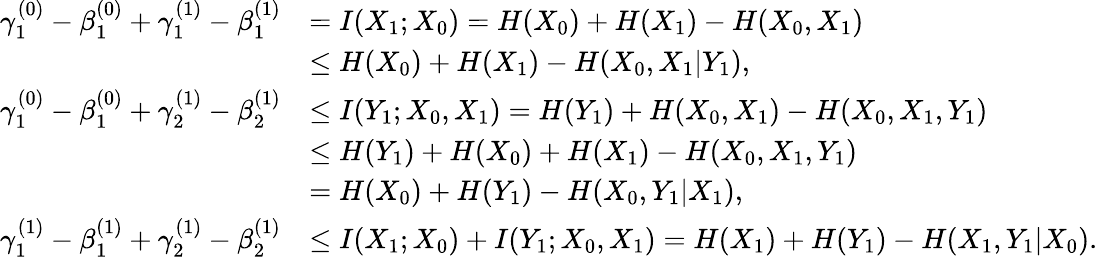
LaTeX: \begin{array}{rl}{\gamma_{1}^{(0)}-\beta_{1}^{(0)}+\gamma_{1}^{(1)}-\beta_{1}^{(1)}}&{=I(X_{1};X_{0})=H(X_{0})+H(X_{1})-H(X_{0},X_{1})}\\ &{\leq H(X_{0})+H(X_{1})-H(X_{0},X_{1}|Y_{1}),}\\ {\gamma_{1}^{(0)}-\beta_{1}^{(0)}+\gamma_{2}^{(1)}-\beta_{2}^{(1)}}&{\leq I(Y_{1};X_{0},X_{1})=H(Y_{1})+H(X_{0},X_{1})-H(X_{0},X_{1},Y_{1})}\\ &{\leq H(Y_{1})+H(X_{0})+H(X_{1})-H(X_{0},X_{1},Y_{1})}\\ &{=H(X_{0})+H(Y_{1})-H(X_{0},Y_{1}|X_{1}),}\\ {\gamma_{1}^{(1)}-\beta_{1}^{(1)}+\gamma_{2}^{(1)}-\beta_{2}^{(1)}}&{\leq I(X_{1};X_{0})+I(Y_{1};X_{0},X_{1})=H(X_{1})+H(Y_{1})-H(X_{1},Y_{1}|X_{0}).}\end{array}